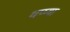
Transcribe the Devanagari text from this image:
थप्प्या